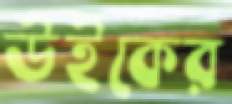
উইকের